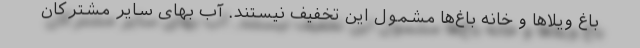
باغ ویلاها و خانه باغ‌ها مشمول این تخفیف نیستند. آب بهای سایر مشترکان